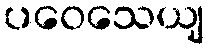
ပဝေသေယျ